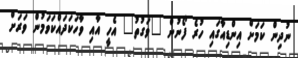
ނުދިން ކަމަށް އިންޑިއާގައި ހުރެ ފޯނުން "ވަގުތު" އެހީ އާއި ވާހަކަދައްކަވަމުން ވަރަށް